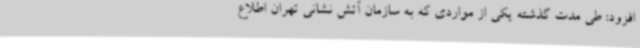
افزود: طی مدت گذشته یکی از مواردی که به سازمان آتش نشانی تهران اطلاع